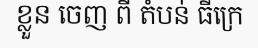
ខ្លួន ចេញ ពី តំបន់ ធីក្រេ